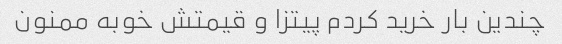
چندین بار خرید کردم پیتزا و قیمتش خوبه ممنون